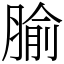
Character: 腧